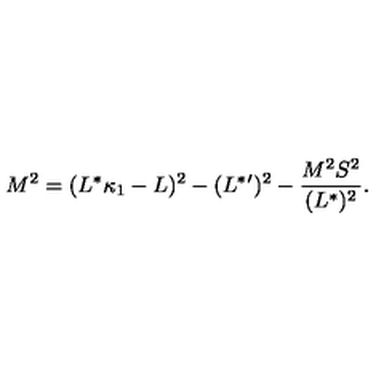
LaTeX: M ^ { 2 } = ( L ^ { * } \kappa _ { 1 } - L ) ^ { 2 } - ( L ^ { * } { } ^ { \prime } ) ^ { 2 } - { \frac { M ^ { 2 } S ^ { 2 } } { ( L ^ { * } ) ^ { 2 } } } .